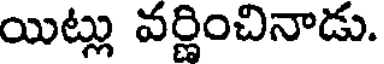
యిట్లు వర్ణించినాడు.